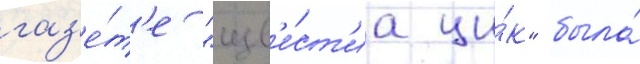
газ'е́т'е "изв'е́ст'иа ци́к" была́